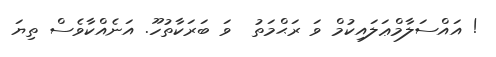
! އައްސަލާމްޢަލައިކުމް ވަ ރަޙްމަތު  ވަ ބަރަކާތުހޫ. އަނެއްކާވެސް ތިޔަ